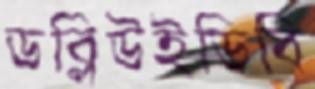
ডব্লিউইডিবি